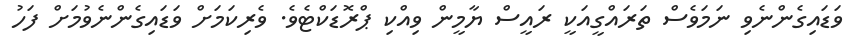
ވަޑައިގެންނެވި ނަަމަވެސް ތަރައްގީއަކީ ރައީސް ޔާމީން ވިއްކި ޕްރޮޑަކްޓެވެ. ވެރިކަމަށް ވަޑައިގެންނެވުމަށް ފަހު